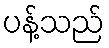
ပန့်သည်